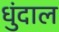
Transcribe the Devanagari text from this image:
धुंदाल